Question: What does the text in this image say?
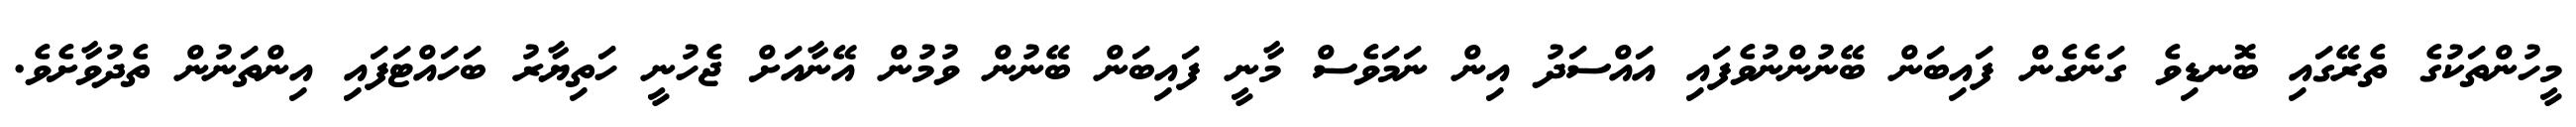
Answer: މީހުންތަކުގެ ތެރޭގައި ބޮނޑިވެ ގަނެގެން ފައިބަން ބޭނުންނުވެފައި އައްސަދު އިން ނަމަވެސް މާނީ ފައިބަން ބޭނުން ވުމުން އޭނާއަށް ޖެހުނީ ހަތިޔާރު ބަހައްޓަފައި އިންތަނުން ތެދުވާށެވެ.